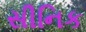
સીનિક